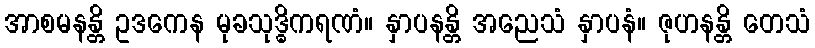
အာစမနန္တိ ဥဒကေန မုခသုဒ္ဓိကရဏံ။ နှာပနန္တိ အညေသံ နှာပနံ။ ဇုဟနန္တိ တေသံ